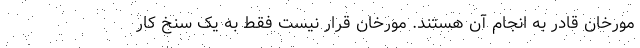
مورخان قادر به انجام آن هستند. مورخان قرار نیست فقط به یک سنخ کار